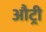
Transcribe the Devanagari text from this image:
औट्री